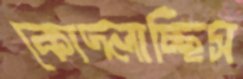
কোদ্‌লাচ্ছিস